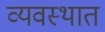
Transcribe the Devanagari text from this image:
व्यवस्थात